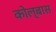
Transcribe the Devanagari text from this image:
कोल्बास